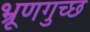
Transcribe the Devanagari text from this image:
भ्रूणगुच्छ